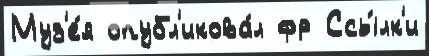
Муз'е́я опубл'икова́л фр Ссы́лк'и